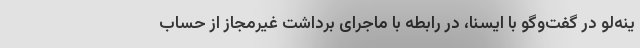
ینه‌لو در گفت‌وگو با ایسنا، در رابطه با ماجرای برداشت غیرمجاز از حساب